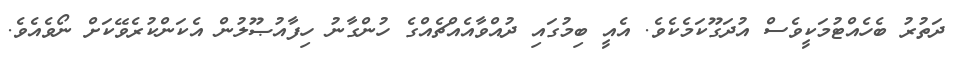
ދަތުރު ބެހެއްޓުމަކީވެސް އުދަގޫކަމެކެވެ. އެއީ ބިމުގައި ދުއްވާއެއްޗެއްގެ ހުންގާނު ހިފާއުޞޫލުން އެކަންކުރެވޭކަށް ނޯވެއެވެ.